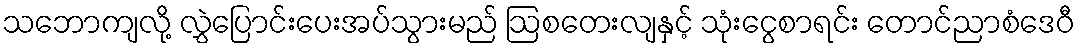
သဘောကျလို့ လွှဲပြောင်းပေးအပ်သွားမည် ဩစတေးလျနှင့် သုံးငွေစာရင်း တောင်ညာစံဒေဝီ